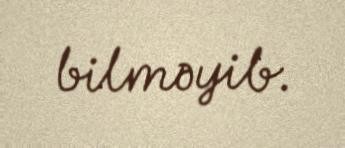
bilməyib.